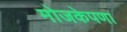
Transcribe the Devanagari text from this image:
मोजकेपणा